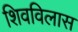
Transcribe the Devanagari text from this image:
शिवविलास